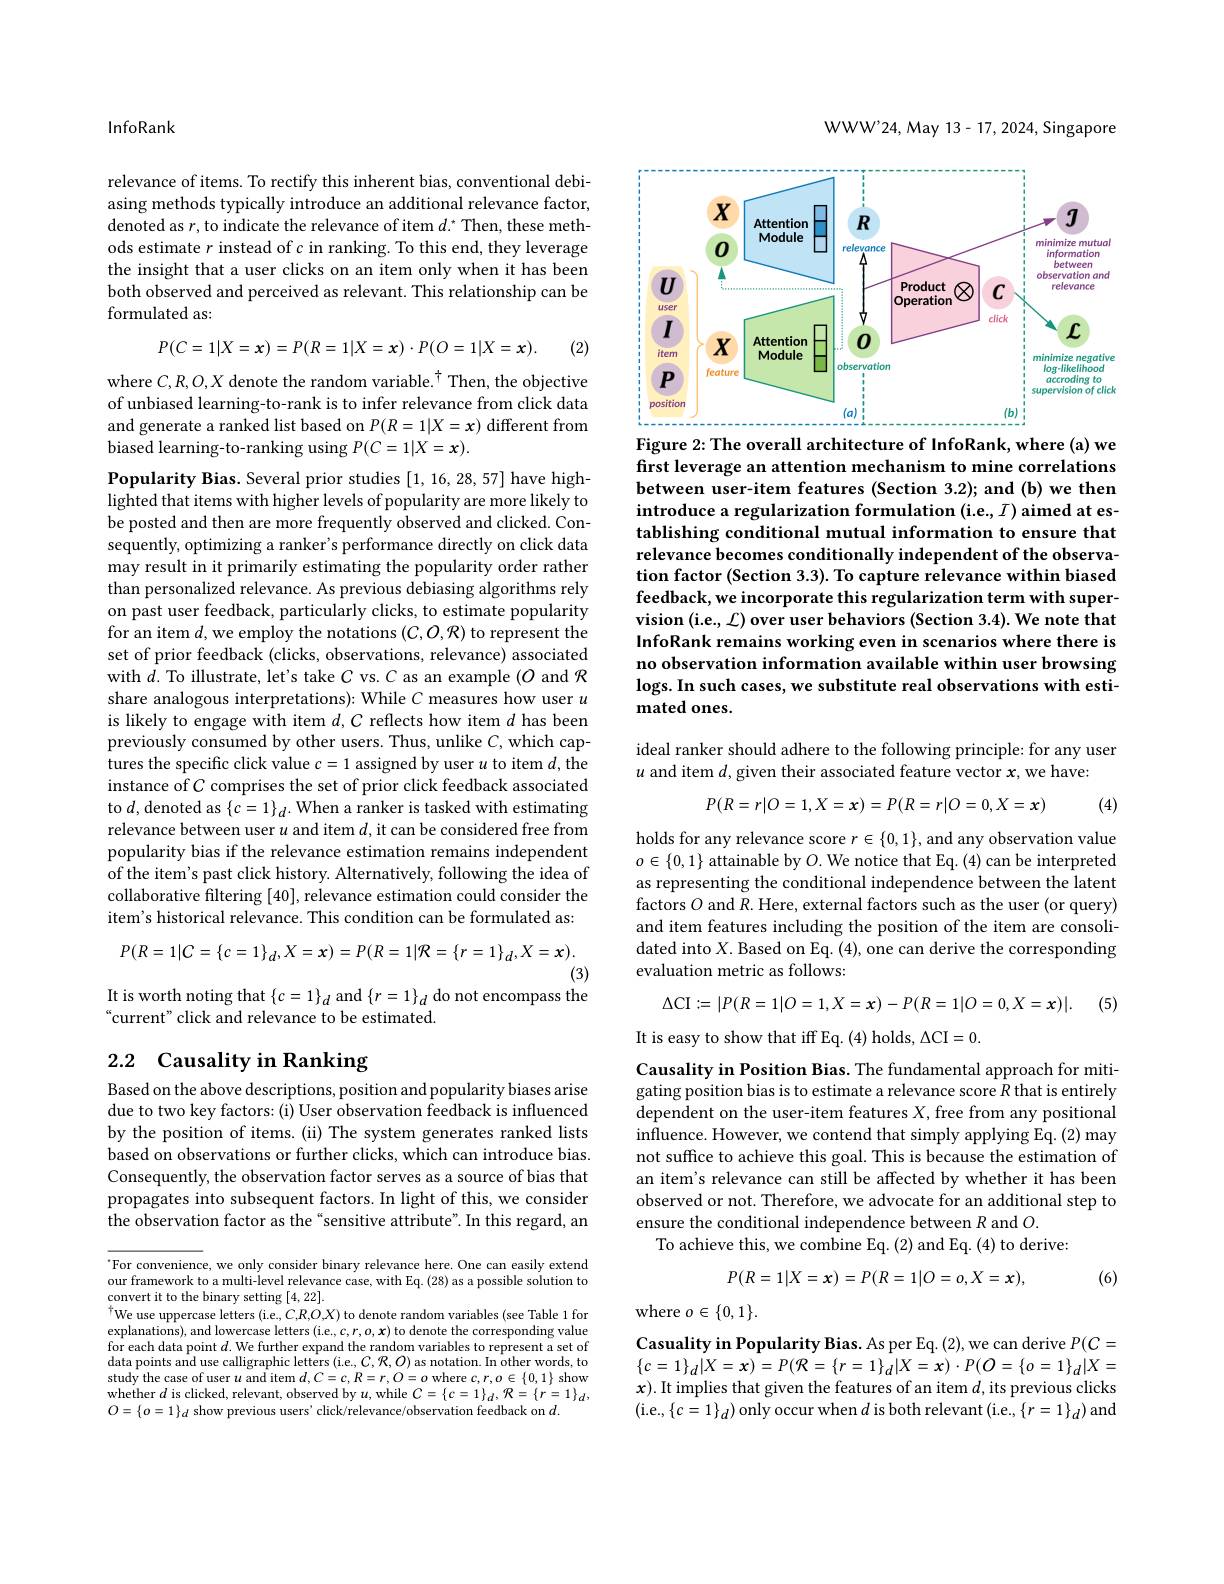
InfoRank

relevance of items. To rectify this inherent bias, conventional debiasing methods typically introduce an additional relevance factor, denoted as $r$, to indicate the relevance of item $d.^*$ Then, these methods estimate $r$ instead of c in ranking. To this end, they leverage the insight that a user clicks on an item only when it has been both observed and perceived as relevant. This relationship can be formulated as:
$$P(C=1|X=x)=P(R=1|X=x)\cdot P(O=1|X=x).$$
(2)

where $C,R,O,X\text{ denote the random variable.}^{\dagger}$ Then, the objective of unbiased learning-to-rank is to infer relevance from click data and generate a ranked list based on $P(R=1|X=x)$ different from biased learning-to-ranking using $P(C=1|X=x).$

Popularity Bias. Several prior studies [1,16,28,57] have highlighted that items with higher levels of popularity are more likely to be posted and then are more frequently observed and clicked. Consequently, optimizing a ranker's performance directly on click data may result in it primarily estimating the popularity order rather than personalized relevance. As previous debiasing algorithms rely on past user feedback, particularly clicks, to estimate popularity for an item $d$, we employ the notations $(C,O,\mathcal{R})$ to represent the set of prior feedback (clicks, observations, relevance) associated with $d.$ To illustrate, let's take $C$ vs. $C$ as an example $(O$ and $\mathcal{R}$ share analogous interpretations): While $C$ measures how user $u$ is likely to engage with item $d,C$ reflects how item $d$ has been previously consumed by other users. Thus, unlike $C$, which captures the specific click value $c=1$ assigned by user $u$ to item $d$,the instance of $C$ comprises the set of prior click feedback associated to $d$, denoted as $\{c=1\}_d.$ When a ranker is tasked with estimating relevance between user $u$ and item $d$, it can be considered free from popularity bias if the relevance estimation remains independent of the item's past click history. Alternatively, following the idea of collaborative filtering [40], relevance estimation could consider the item's historical relevance. This condition can be formulated as:
$$P(R=1|C=\{c=1\}_{d},X=x)=P(R=1|\mathcal{R}=\{r=1\}_{d},X=x)$$
(3)

It is worth noting that $\{c=1\}_d$ and $\{r=1\}_d$ do not encompass the

“current” click and relevance to be estimated.

# 2.2 Causality in Ranking

Based on the above descriptions, position and popularity biases arise due to two key factors: (i) User observation feedback is influenced by the position of items. (ii) The system generates ranked lists based on observations or further clicks, which can introduce bias. Consequently, the observation factor serves as a source of bias that propagates into subsequent factors. In light of this, we consider the observation factor as the“sensitive attribute”. In this regard, an

$^{*}$For convenience, we only consider binary relevance here. One can easily extend our framework to a multi-level relevance case, with Eq. (28) as a possible solution to convert it to the binary setting [4,22].
We use uppercase letters (i.e, C,R,O,X) to denote random variables (see Table 1 for explanations), and lowercase letters (i.e.,c,r,o,x) to denote the corresponding value for each data point $d.$ We further expand the random variables to represent a set of data points and use calligraphic letters (i.e., C, $\mathcal{R},\mathcal{O})$ as notation. In other words, to study the case of user $u$ and item $d,C=c,R=r,O=o$ where $c,r,o\in\{0,1\}$ show whether $d$ is clicked, relevant, observed by $u$, while $C= \{ c= 1\} _{d}, \mathcal{R} = \{ r= 1\} _{d}$, $O=\{o=1\}_d$ show previous users' click/relevance/observation feedback on $d.$

WWW'24, May 13- 17, 2024, Singapore

<FigureHere>
Figure 2: The overall architecture of InfoRank, where (a) we

first leverage an attention mechanism to mine correlations between user-item features (Section 3.2); and (b) we then introduce a regularization formulation (i.e.,I) aimed at establishing conditional mutual information to ensure that relevance becomes conditionally independent of the observation factor (Section 3.3). To capture relevance within biased feedback, we incorporate this regularization term with supervision (i.e., L) over user behaviors (Section 3.4). We note that InfoRank remains working even in scenarios where there is no observation information available within user browsing logs. In such cases, we substitute real observations with estimated ones.

ideal ranker should adhere to the following principle: for any user
$u$ and item $d$, given their associated feature vector $x$,we have:
$$P(R=r|O=1,X=x)=P(R=r|O=0,X=x)$$
(4)

holds for any relevance score $r\in\{0,1\}$, and any observation value $o\in\{0,1\}$ attainable by $O.$ We notice that Eq.(4) can be interpreted as representing the conditional independence between the latent factors $O$ and $R.$ Here, external factors such as the user (or query) and item features including the position of the item are consolidated into $X.$ Based on Eq. (4), one can derive the corresponding evaluation metric as follows:

(5)
$$\Delta\mathrm{CI}:=|P(R=1|O=1,X=x)-P(R=1|O=0,X=x)|.$$
It is easy to show that iff Eq. (4) holds, $\Delta$CI=0.

Causality in Position Bias. The fundamental approach for mitigating position bias is to estimate a relevance score $R$ that is entirely dependent on the user-item features $X$, free from any positional influence. However, we contend that simply applying Eq. (2) may not suffice to achieve this goal. This is because the estimation of an item's relevance can still be affected by whether it has been observed or not. Therefore, we advocate for an additional step to ensure the conditional independence between $R$ and $O.$
To achieve this, we combine Eq. (2) and Eq. (4) to derive:
$$P(R=1|X=x)=P(R=1|O=o,X=x),$$
(6)

where $o\in\{0,1\}.$

Casuality in Popularity Bias. As per Eq. (2), we can derive $P(C=$
$$\{c=1\}_{d}|X=x)=P(\mathcal{R}=\{r=1\}_{d}|X=x)\cdot P(\mathcal{O}=\{o=1\}_{d}|X=$$
$x).$ It implies that given the features of an item $d$,its previous clicks ( i. e. , $\{$c= 1$\} _d$) only occur when $d is both relevant ( i. e. , \{ r= 1\} _d) and$